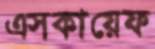
এসকায়েফ